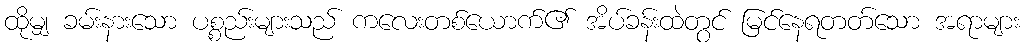
ထိုမျှ ခမ်းနားသော ပစ္စည်းများသည် ကလေးတစ်ယောက်၏ အိပ်ခန်းထဲတွင် မြင်နေရတတ်သော အရာများ